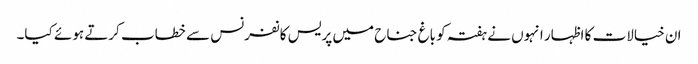
ان خیالات کا اظہار انہوں نے ہفتہ کو باغ جناح میں پریس کانفرنس سے خطاب کرتے ہوئے کیا۔